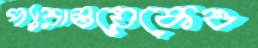
প্যারাগুয়েকেও